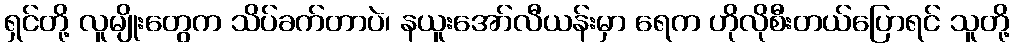
ရှင်တို့ လူမျိုးတွေက သိပ်ခက်တာပဲ၊ နယူးအော်လီယန်းမှာ ရေက ဟိုလိုစီးတယ်ပြောရင် သူတို့